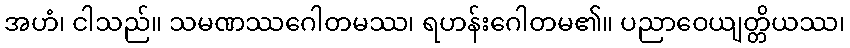
အဟံ၊ ငါသည်။ သမဏဿဂေါတမဿ၊ ရဟန်းဂေါတမ၏။ ပညာဝေယျတ္တိယဿ၊